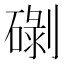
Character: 䃗